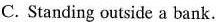
C. Standing outside a bank.